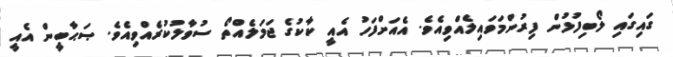
ގައިގައި ލޯބިފުޅުން ފިރުންމަވައިލެއްވިއެވެ. އެއަށްފަހު އެއީ ކާކުގެ ޖަމަލެއްތޯ ސުވާލުކުރެއްވިއެވެ. ޞަޙާބީން އެއީ